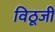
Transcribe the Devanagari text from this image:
विठूजी